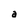
Character: a